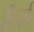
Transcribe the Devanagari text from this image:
रीचर्ड